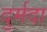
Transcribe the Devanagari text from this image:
दुर्मदा